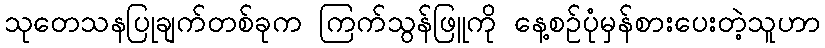
သုတေသနပြုချက်တစ်ခုက ကြက်သွန်ဖြူကို နေ့စဉ်ပုံမှန်စားပေးတဲ့သူဟာ